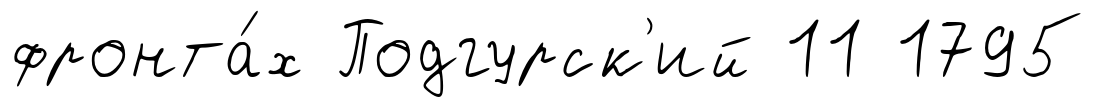
фронта́х Подгурск'ий 11 1795